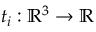
t _ { i } : \mathbb { R } ^ { 3 } \rightarrow \mathbb { R }